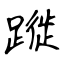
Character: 蹝